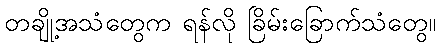
တချို့အသံတွေက ရန်လို ခြိမ်းခြောက်သံတွေ။